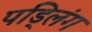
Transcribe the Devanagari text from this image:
पड्लिंग